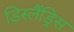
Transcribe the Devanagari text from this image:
डिस्लैंड्रिस